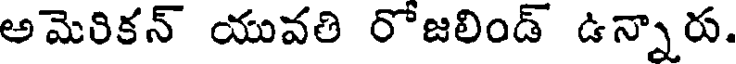
అమెరికన్ యువతి రోజలిండ్ ఉన్నారు.